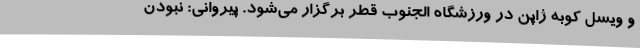
و ویسل کوبه ژاپن در ورزشگاه الجنوب قطر برگزار می‌شود. پیروانی: نبودن